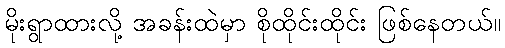
မိုးရွာထားလို့ အခန်းထဲမှာ စိုထိုင်းထိုင်း ဖြစ်နေတယ်။